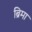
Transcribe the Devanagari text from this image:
ब्रिमा